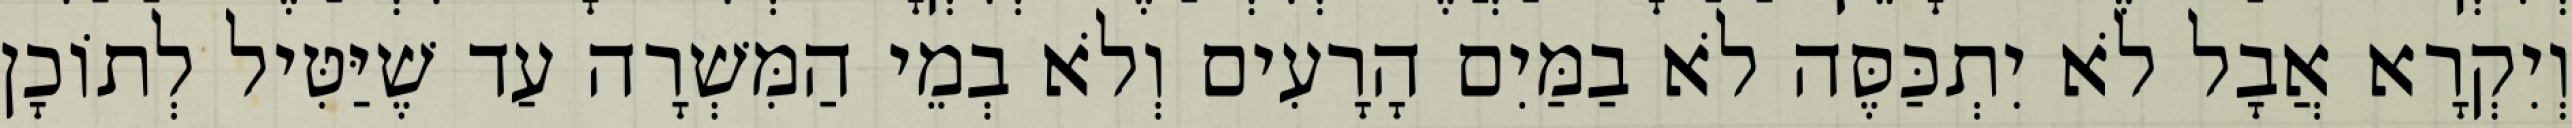
וְיִקְרָא אֲבָל לֹא יִתְכַּסֶּה לֹא בַמַּיִם הָרָעִים וְלֹא בְמֵי הַמִּשְׁרָה עַד שֶׁיַּטִּיל לְתוֹכָן